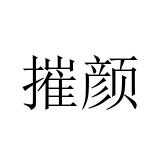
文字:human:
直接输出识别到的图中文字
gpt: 摧颜